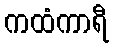
ကထံကာရီ